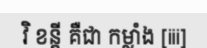
វិ ខន្តី គឺជា កម្លាំង [iii]